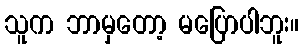
သူက ဘာမှတော့ မပြောပါဘူး။